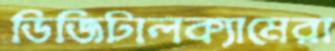
ডিজিটালক্যামেরা